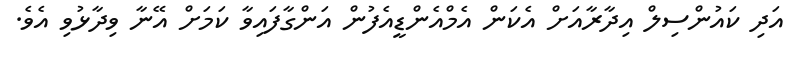
އަދި ކައުންސިލް އިދާރާއަށް އެކަން އެމްއެންޑީއެފުން އަންގާފައިވާ ކަމަށް އޭނާ ވިދާޅުވި އެވެ.